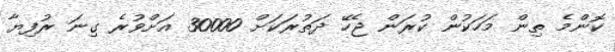
ކޮންމެ ތިން މަހަކުން ކުރަން ޖެހޭ ދަތުރަކަށް 30000 އަށްވުރެ ގިނަ ރުފިޔާ